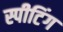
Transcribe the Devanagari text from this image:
स्पीटिंग